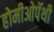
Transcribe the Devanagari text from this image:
होमीओपॅथी